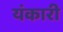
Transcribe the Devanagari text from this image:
यंकारी